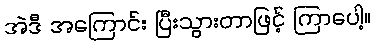
အဲဒီ အကြောင်း ပြီးသွားတာဖြင့် ကြာပေါ့။